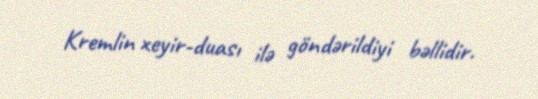
Kremlin xeyir-duası ilə göndərildiyi bəllidir.